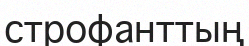
строфанттың